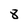
Character: 8